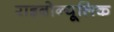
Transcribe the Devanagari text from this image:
राइबोन्यूलिक